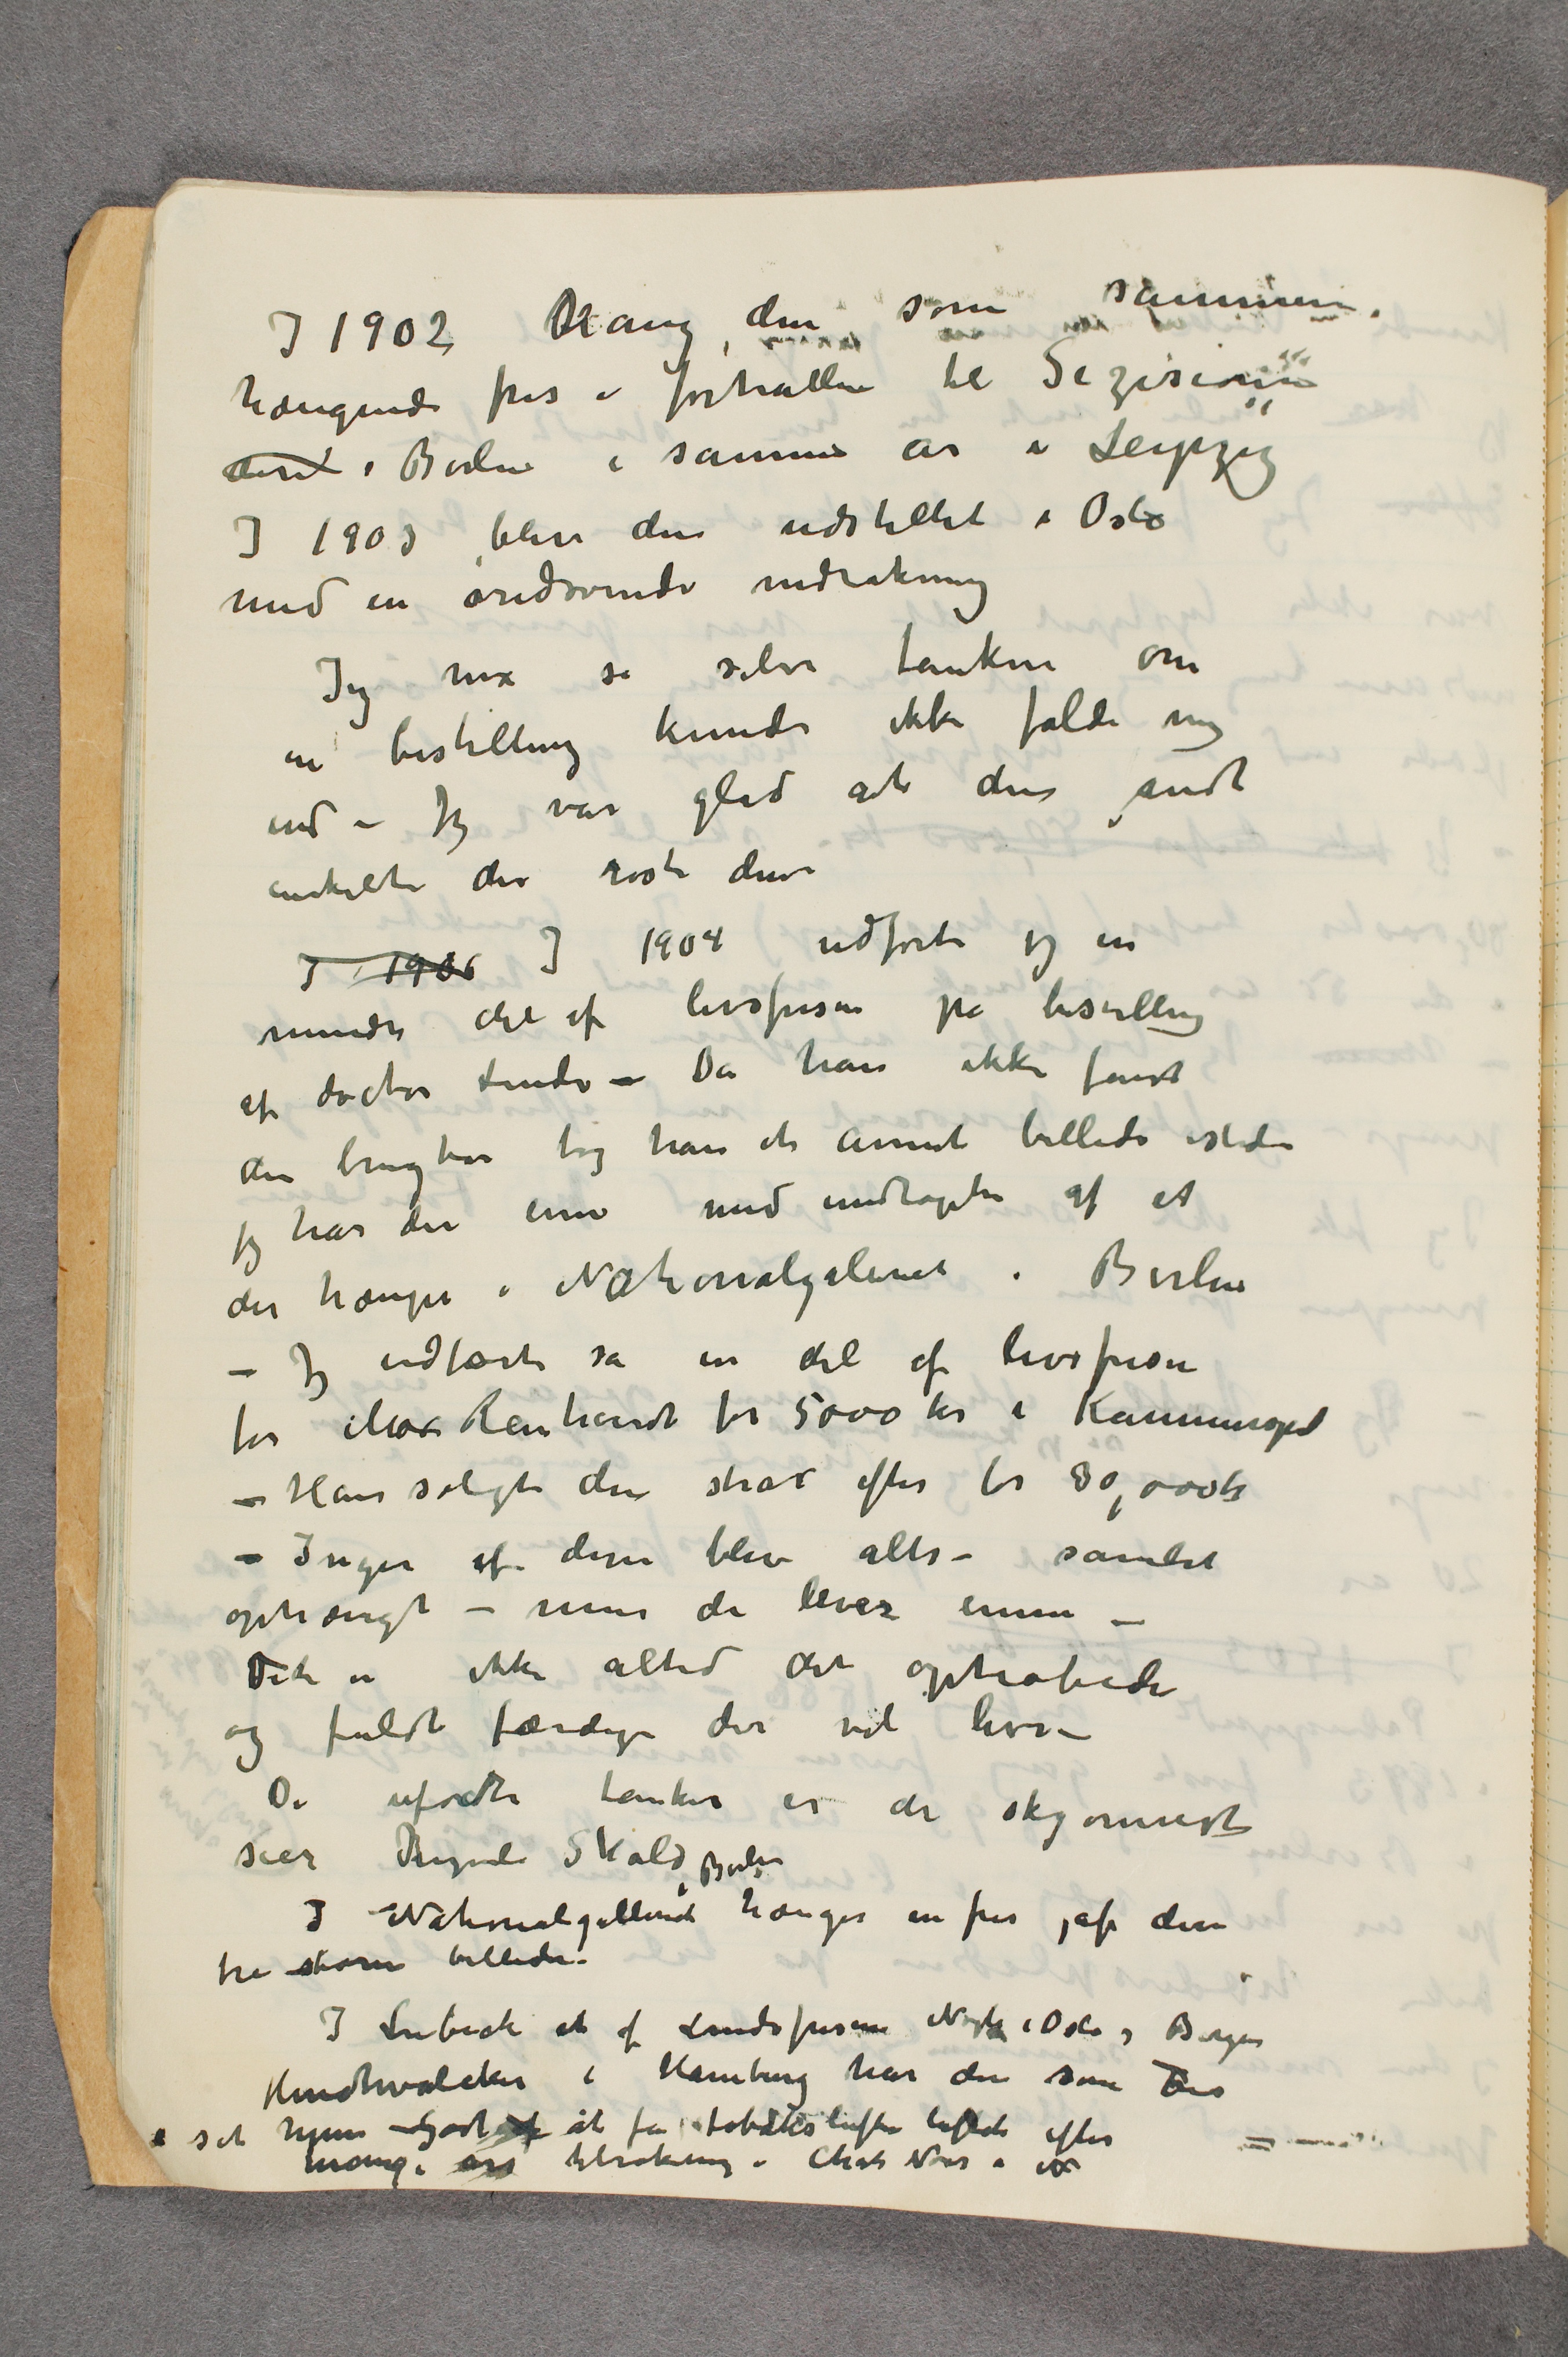
I1902 Hang, den som skimmen
hængende fras i forhallen til Se gisionen
dert i Berlen i samme år i Leipper
I 1903 blev den udstillet i Osto
med en ondovende ndrakning
Jeg må si selv tanken om
bestilling kunde ikke falde mig
end – Jeg var gled at den mndt
enkelte der røst den
I 1æs I 1904 udførte jeg en
mindre det af livsfrisen på bestilling
af dacter Linde – Da han ikke fandt
den brugtor tog han et annet billede istd
jeg har der lin med undtagelse af et
der hænpe i Nationalgalereti Berlin
– Jeg udfært så en del af livsfrisen
for Mox Renhandt for 5000 kr i Rammope
– Han solgt den strat efter for 30,000k
– Inger af disse blev alts – samlet
ophængt – m de lever enun –
Det er ikke altid det optrabede
og fuldt færdige der vil live –
De uførdte tanker er der skjønest
sier Tvle kald gulse
I Nationalgillend hænger en fres jaf diss
tra storre billeder!
I Lubeck at af Lindsfrisen Nost iOda og Berger
Henstalcker i Hambinng har den som Les
 set hjem – Gødtaf at få fobækslufte lidtet efter